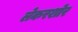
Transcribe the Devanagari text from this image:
लेकरशोर